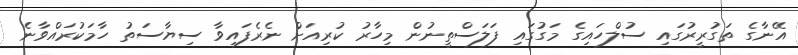
އޭނާގެ ތަގުރީރުގައި ސުލްހައިގެ މަގުގައި ފަލަސްތީނުން މިހާރު ކުރިއަށް ނެރެފައިވާ ސިޔާސަތު ހާމަކުރައްވާނެ